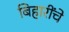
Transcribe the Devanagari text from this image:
बिहारींचे